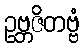
ဥဗ္ဘဇိတဗ္ဗံ